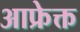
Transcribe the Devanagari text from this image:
आफ्रेक्त